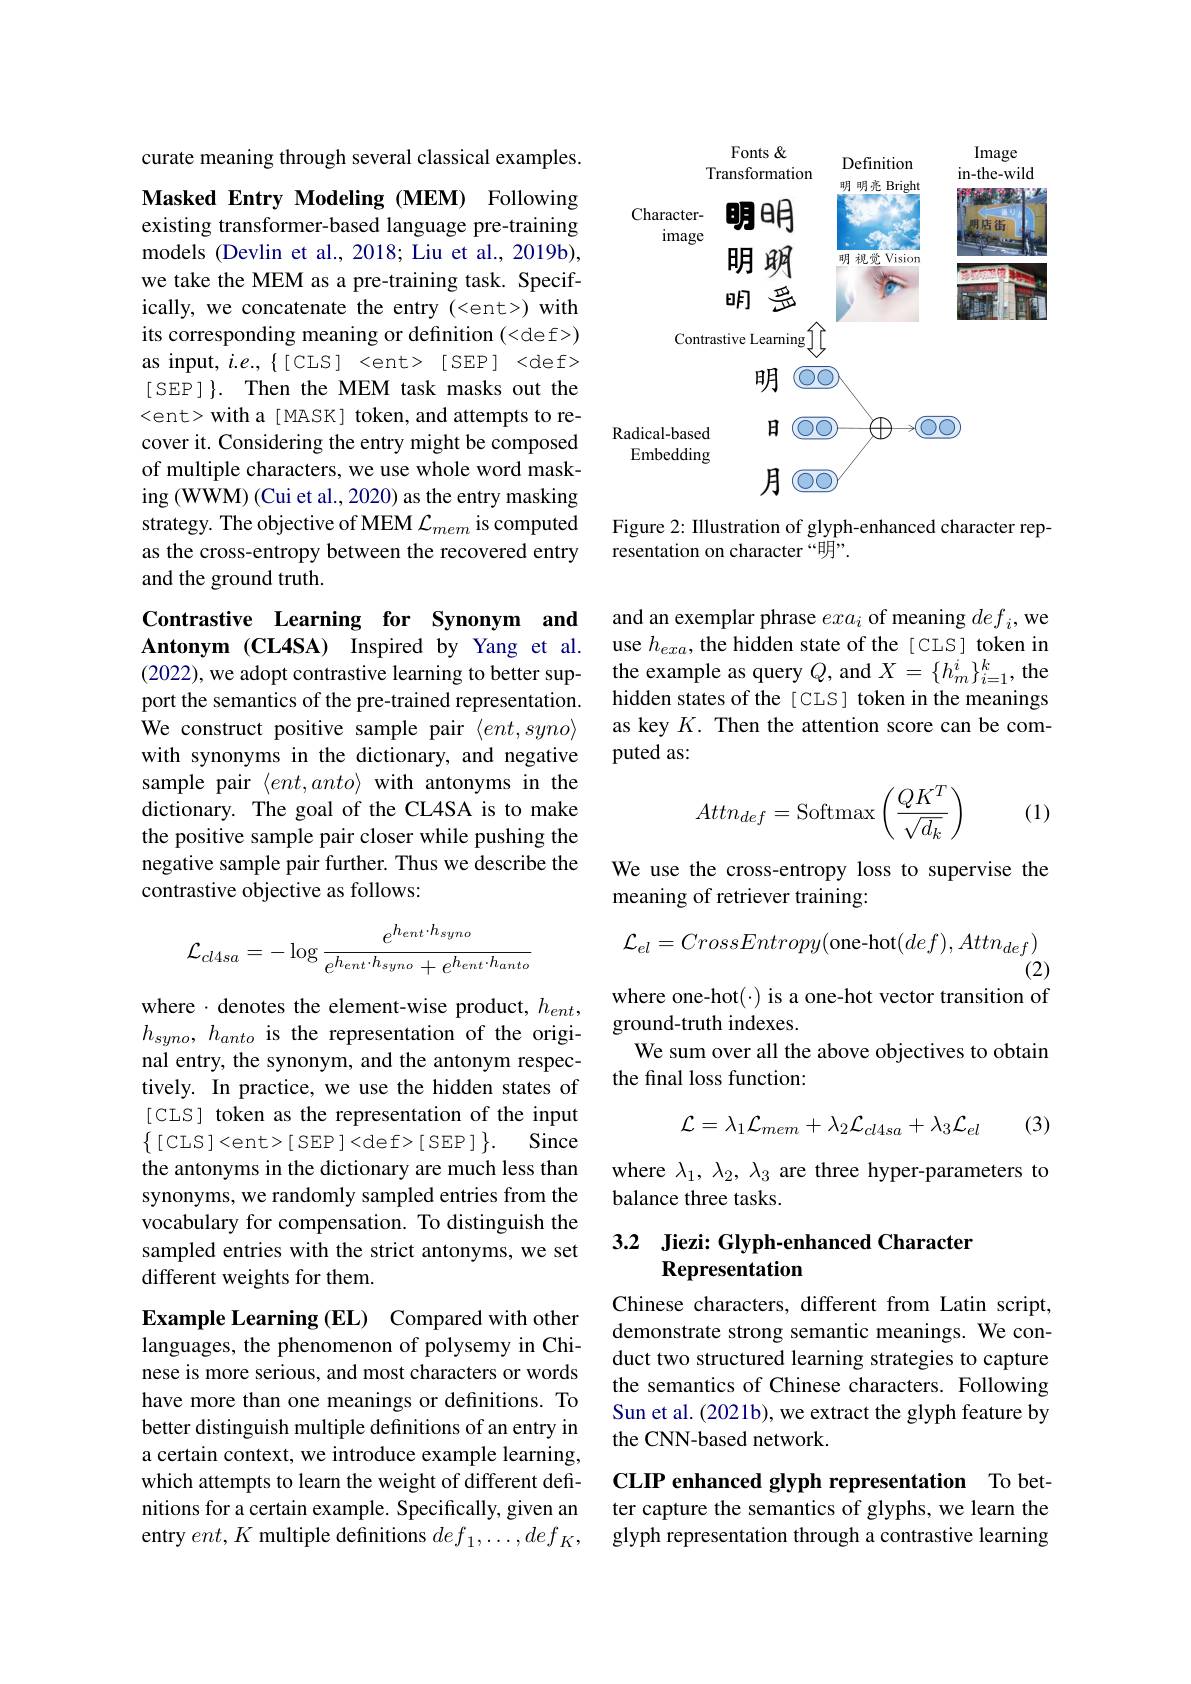
curate meaning through several classical examples.

Masked Entry Modeling (MEM) Following existing transformer-based language pre-training models (Devlin et al., 2018; Liu et al., 2019b), we take the MEM as a pre-training task. Specifically, we concatenate the entry (<ent>) with its corresponding meaning or definition (<de f>) as input, $i.e.,\{[CLS]$ <ent>$[SEP]$ <def> [SEP ] $\} .$ Then the MEM task masks out the <ent>with a[ MASK] token, and attempts to recover it. Considering the entry might be composed of multiple characters, we use whole word masking (WWM) (Cui et al., 2020) as the entry masking strategy. The objective of MEM $\mathcal{L}_mem$ is computed as the cross-entropy between the recovered entry and the ground truth.

Contrastive Learning for Synonym and Antonym (CL4SA) Inspired by Yang et al. (2022), we adopt contrastive learning to better support the semantics of the pre-trained representation. We construct positive sample pair $\langle ent,syno\rangle$ with synonyms in the dictionary, and negative sample pair $\langle ent,anto\rangle$ with antonyms in the dictionary. The goal of the CL4SA is to make the positive sample pair closer while pushing the negative sample pair further. Thus we describe the contrastive objective as follows:

where $\cdot$denotes the element-wise product, $h_ent$, $h_{syno},h_{anto}$ is the representation of the original entry, the synonym, and the antonym respectively. In practice, we use the hidden states of [CLS] token as the representation of the input $\left \{ [ \mathrm{CLS~}] < \mathrm{ent> }[ \mathrm{SEP~}] < \mathrm{def> }[ \mathrm{SEP~}] \right \} .$ Since the antonyms in the dictionary are much less than synonyms, we randomly sampled entries from the vocabulary for compensation. To distinguish the sampled entries with the strict antonyms, we set different weights for them.

Example Learning (EL) Compared with other languages, the phenomenon of polysemy in Chinese is more serious, and most characters or words have more than one meanings or definitions. To better distinguish multiple definitions of an entry in a certain context, we introduce example learning, which attempts to learn the weight of different definitions for a certain example. Specifically, given an entry $ent,K$ multiple definitions $def_1,\ldots,def_K$,

<FigureHere>

Figure 2: Illustration of glyph-enhanced character rep-
resentation on character “明”.

and an exemplar phrase $exa_i$ of meaning $def_i$,we use $h_{exa}$, the hidden state of the[CLS] token in the example as query $Q$, and $X=\{h_m^i\}_{i=1}^k$, the hidden states of the [CLS] token in the meanings as key $K.$ Then the attention score can be computed as:

(1)
$$Attn_{def}=\text{Softmax}\left(\frac{QK^T}{\sqrt{d_k}}\right)$$
We use the cross-entropy loss to supervise the
meaning of retriever training:
$$\mathcal{L}_{cl4sa}=-\log\frac{e^{h_{ent}\cdot h_{syno}}}{e^{h_{ent}\cdot h_{syno}}+e^{h_{ent}\cdot h_{anto}}}\quad\mathcal{L}_{el}=CrossEntropy(\text{one-hot}(def),Attn_{def})\\(2)$$
where one-hot(·) is a one-hot vector transition of

ground-truth indexes.
We sum over all the above objectives to obtain
the final loss function:
$$\mathcal{L}=\lambda_{1}\mathcal{L}_{mem}+\lambda_{2}\mathcal{L}_{cl4sa}+\lambda_{3}\mathcal{L}_{el}$$
(3)

where $\lambda_1,\lambda_2,\lambda_3$ are three hyper-parameters to
balance three tasks.

## 3.2 Jiezi: Glyph-enhanced Character Representation

Chinese characters, different from Latin script, demonstrate strong semantic meanings. We conduct two structured learning strategies to capture the semantics of Chinese characters. Following Sun et al. (2021b), we extract the glyph feature by the CNN-based network.

CLIP enhanced glyph representation To better capture the semantics of glyphs, we learn the

glyph representation through a contrastive learning